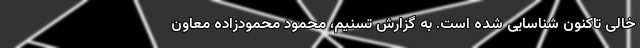
خالی تاکنون شناسایی شده است. به گزارش تسنیم، محمود محمودزاده معاون